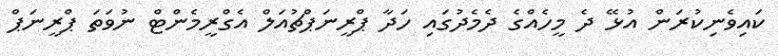
ކައިވެނިކުރަން އުޅޭ ދެ މީހެއްގެ ދެމެދުގައި ހަދާ ޕްރީނަޕްޗުއަލް އެގްރީމެންޓް ނުވަތަ ޕްރީނަޕް